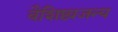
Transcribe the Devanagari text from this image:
वैशिष्ट्यजन्य